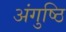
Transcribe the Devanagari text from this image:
अंगुष्ठि